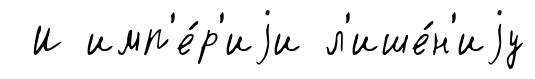
И имп'е́р'иjи л'ише́н'иjу